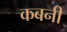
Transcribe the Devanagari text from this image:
कबनी